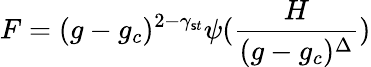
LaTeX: F=(g-g_{c})^{2-\gamma_{\mathsf{s}t}}\psi({\frac{{H}}{{(g-g_{c})^{\Delta}}}})